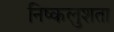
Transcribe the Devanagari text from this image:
निष्कलुशता